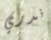
ندري